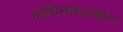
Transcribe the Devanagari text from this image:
प्राचिनकालीन